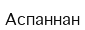
Аспаннан